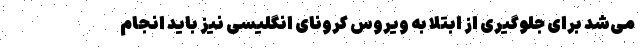
می‌شد برای جلوگیری از ابتلا به ویروس کرونای انگلیسی نیز باید انجام